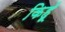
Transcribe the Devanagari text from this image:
किहूँ